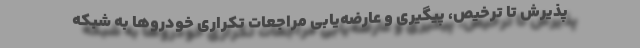
پذیرش تا ترخیص، پیگیری و عارضه‌یابی مراجعات تکراری خودروها به شبکه